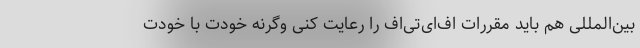
بین‌المللی هم باید مقررات اف‌ای‌تی‌اف را رعایت کنی وگرنه خودت با خودت